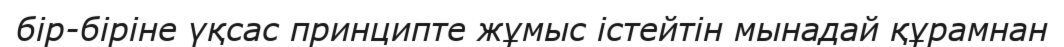
бір-біріне үқсас принципте жұмыс істейтін мынадай құрамнан